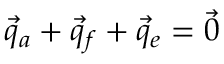
\vec { q } _ { a } + \vec { q } _ { f } + \vec { q } _ { e } = \vec { 0 }